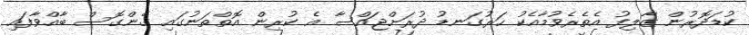
ކުޑަދޮރުން ޒާލިފު އެތެރެވުމާއެކު ހަރުގަނޑު ދުރަށްޖައްސާ އެ ކުރިން އޮތްތަނުގައި ގެންގޮސް ބާއްވާފައި